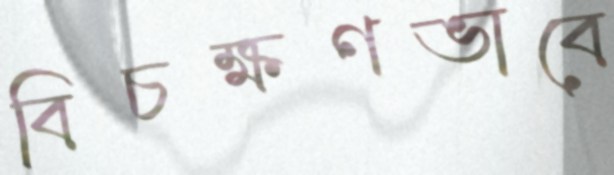
বিচক্ষণভাবে